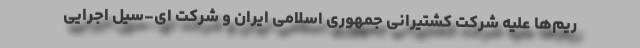
ریم‌ها علیه شرکت کشتیرانی جمهوری اسلامی ایران و شرکت ای-سیل اجرایی